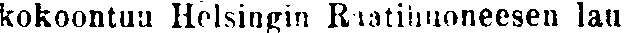
kokoontua Helsingin Raatihuoneesen lau